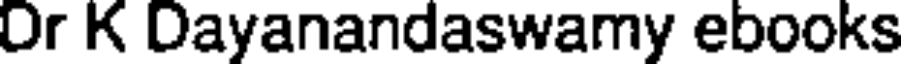
Or K Dayanandaswamy ebooks